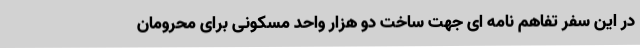
در این سفر تفاهم نامه ای جهت ساخت دو هزار واحد مسکونی برای محرومان